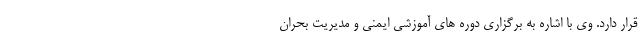
قرار دارد. وی با اشاره به برگزاری دوره های آموزشی ایمنی و مدیریت بحران